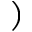
)